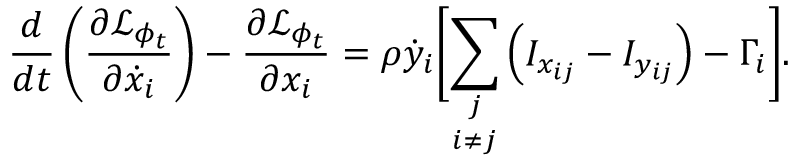
\frac { d } { d t } \left( \frac { \partial \mathcal { L } _ { \phi _ { t } } } { \partial \dot { x } _ { i } } \right) - \frac { \partial \mathcal { L } _ { \phi _ { t } } } { \partial x _ { i } } = \rho \dot { y } _ { i } \biggr [ \underset { i \neq j } { \sum _ { j } } \left( I _ { x _ { i j } } - I _ { y _ { i j } } \right) - \Gamma _ { i } \biggr ] .